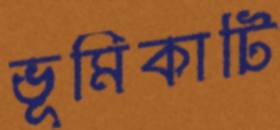
ভূমিকাটি